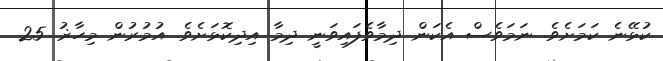
ކުޅޭނެ ކަމަށެވެ. ނަމަވެސް އެކަން ދިމާވެފައިވަނީ ދިމާ އިދިކޮޅަށެވެ. އުމުރުން މިހާޜު 25